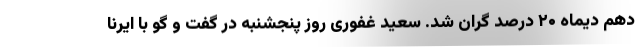
دهم دیماه ۲۰ درصد گران شد. سعید غفوری روز پنجشنبه در گفت و گو با ایرنا